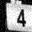
Digit: 4